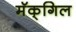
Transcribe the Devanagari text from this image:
मॅक्‌गिल